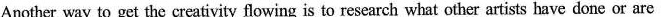
Another way to get the creativity flowing is to research what other artists have done or are